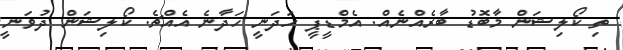
ތި ކޯލިޝަން މާބޮޑު ބާރެއްނެއް. އެމްޑީޕީ ހަދަނީ ހަދާނެ އެއްޗެ. ކޯލިޝަން ދުވަނީ